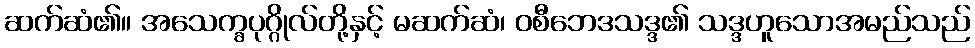
ဆက်ဆံ၏။ အသေက္ခပုဂ္ဂိုလ်တို့နှင့် မဆက်ဆံ၊ ဝစီဘေဒသဒ္ဒ၏ သဒ္ဒဟူသောအမည်သည်